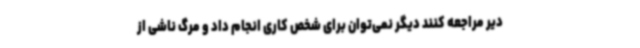
دیر مراجعه کنند دیگر نمی‌توان برای شخص کاری انجام داد و مرگ ناشی از